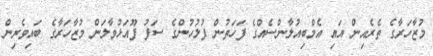
މުޒާހަރާގެ ތެރެއިން އައި އެމްބިއުލާންސެއްގެ ފަހަތުން ފުލުހުންގެ ސަފު ފޫއަޅުވާލަން މުޒާހަރާގެ ބައިވެރިން